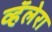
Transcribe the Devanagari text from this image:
व्हॅलेरा